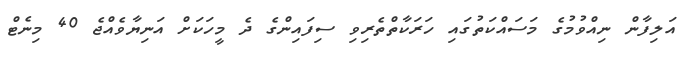
އަލިފާން ނިއްވުމުގެ މަސައްކަތުގައި ހަރަކާތްތެރިވި ސިފައިންގެ ދެ މީހަކަށް އަނިޔާވެއްޖެ 40 މިނެޓް